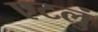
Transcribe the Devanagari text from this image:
एटलुं